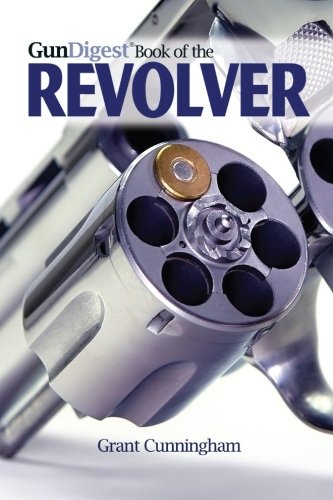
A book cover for Gun Digest Book of the Revolver; Grant Cunningham; Crafts, Hobbies & Home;